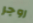
روجر